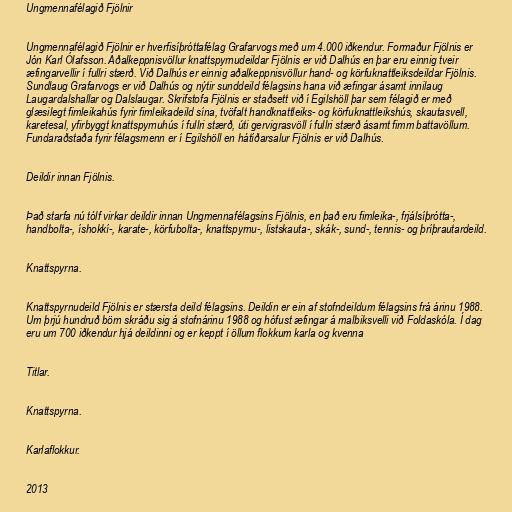
Ungmennafélagið Fjölnir

Ungmennafélagið Fjölnir er hverfisíþróttafélag Grafarvogs með um 4.000 iðkendur. Formaður Fjölnis er
Jón Karl Ólafsson. Aðalkeppnisvöllur knattspyrnudeildar Fjölnis er við Dalhús en þar eru einnig tveir
æfingarvellir í fullri stærð. Við Dalhús er einnig aðalkeppnisvöllur hand- og körfuknattleiksdeildar Fjölnis.
Sundlaug Grafarvogs er við Dalhús og nýtir sunddeild félagsins hana við æfingar ásamt innilaug
Laugardalshallar og Dalslaugar. Skrifstofa Fjölnis er staðsett við í Egilshöll þar sem félagið er með
glæsilegt fimleikahús fyrir fimleikadeild sína, tvöfalt handknattleiks- og körfuknattleikshús, skautasvell,
karetesal, yfirbyggt knattspyrnuhús í fullri stærð, úti gervigrasvöll í fullri stærð ásamt fimm battavöllum.
Fundaraðstaða fyrir félagsmenn er í Egilshöll en hátíðarsalur Fjölnis er við Dalhús.

Deildir innan Fjölnis.

Það starfa nú tólf virkar deildir innan Ungmennafélagsins Fjölnis, en það eru fimleika-, frjálsíþrótta-,
handbolta-, íshokkí-, karate-, körfubolta-, knattspyrnu-, listskauta-, skák-, sund-, tennis- og þríþrautardeild.

Knattspyrna.

Knattspyrnudeild Fjölnis er stærsta deild félagsins. Deildin er ein af stofndeildum félagsins frá árinu 1988.
Um þrjú hundruð börn skráðu sig á stofnárinu 1988 og hófust æfingar á malbiksvelli við Foldaskóla. Í dag
eru um 700 iðkendur hjá deildinni og er keppt í öllum flokkum karla og kvenna

Titlar.

Knattspyrna.

Karlaflokkur.

2013